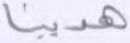
هدينا